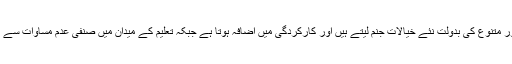
آئی ایم ایف محققین کے مطابق ‘تعلیم اور متنوع کی بدولت نئے خیالات جنم لیتے ہیں اور کارکردگی میں اضافہ ہوتا ہے جبکہ تعلیم کے میدان میں صنفی عدم مساوات سے مجموعی قومی پیداوار میں کمی آتیہے۔